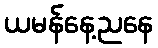
ယမန်နေ့ညနေ